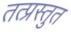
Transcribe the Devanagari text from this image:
तत्प्रस्तुत